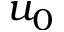
u _ { 0 }